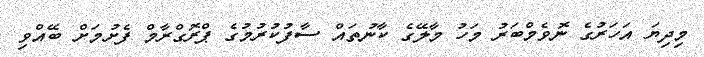
މިދިޔަ އަހަރުގެ ނޮވެމްބަރު މަހު މާލޭގެ ކާނުތައް ސާފުކުރުމުގެ ޕްރޮގްރާމް ފެށުމަށް ބޭއްވި